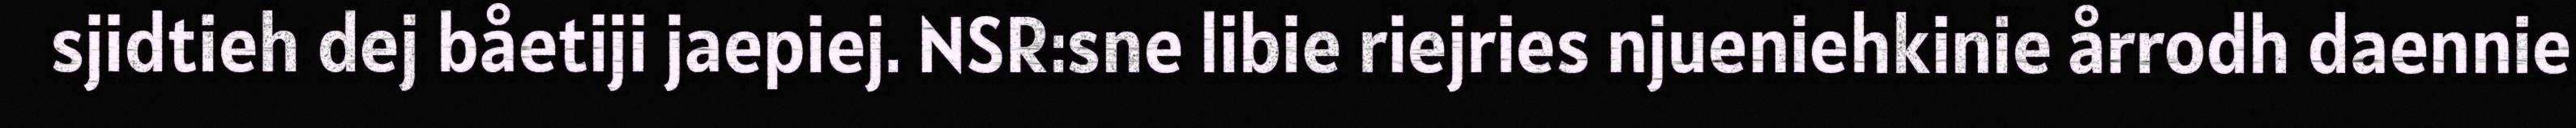
sjidtieh dej båetiji jaepiej. NSR:sne libie riejries njueniehkinie årrodh daennie